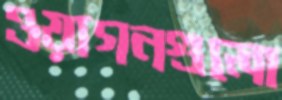
ওয়াগনগুলো